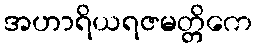
အဟာရိယရဇမတ္တိကေ